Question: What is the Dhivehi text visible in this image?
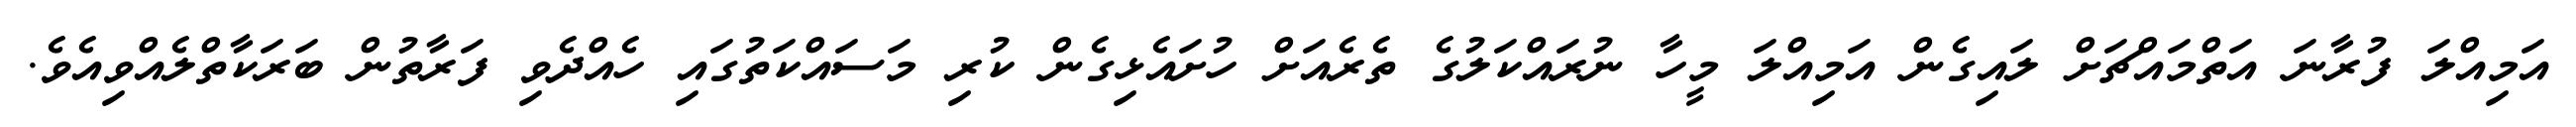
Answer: އަމިއްލަ ފުރާނަ އަތްމައްޗަށް ލައިގެން އަމިއްލަ މީހާ ނުރައްކަލުގެ ތެރެއަށް ހުށައެޅިގެން ކުރި މަސައްކަތުގައި ހެއްދެވި ފަރާތުން ބަރަކާތްލެއްވިއެވެ.